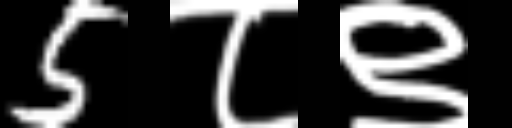
Text: 5८९